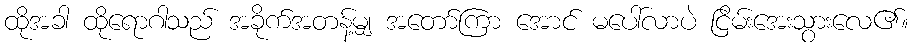
ထိုအခါ ထိုရောဂါသည် အခိုက်အတန့်မျှ အတော်ကြာ အောင် မပေါ်လာပဲ ငြိမ်းအေးသွားလေ၏။